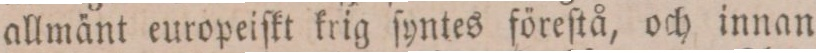
allmänt europeiſkt krig ſyntes föreſtå, och innan